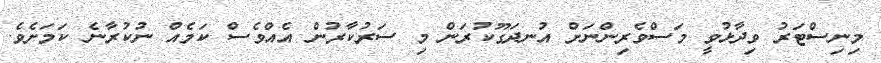
މިނިސްޓަރު ވިދާޅުވީ މަސްވެރިންނަށް އުނދަގޫކުރަން މި ސަރުކާރުން އެއްވެސް ކަމެއް ނުކުރާނެ ކަމަށެވެ.